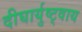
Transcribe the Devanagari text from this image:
दीघार्युष्ट्वाय